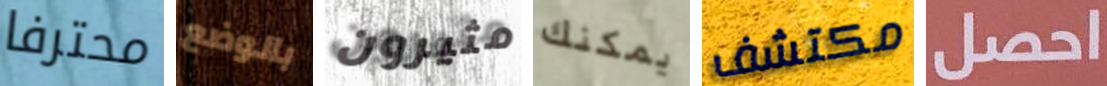
محترفا بالوضع مثيرون يمكنك مكتشف احصل